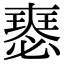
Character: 𡚉